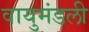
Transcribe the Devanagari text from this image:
वायुमंडली